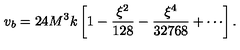
v _ { b } = 2 4 M ^ { 3 } k \left[ 1 - \frac { \xi ^ { 2 } } { 1 2 8 } - \frac { \xi ^ { 4 } } { 3 2 7 6 8 } + \cdots \right] .